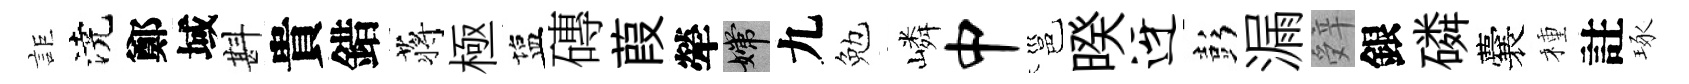
詎澆鄭域斟貴錯蒋極塩磚葭犖嫦九勉嶙中邕暌迓彭漏辤銀磷囊種註琢